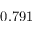
0 . 7 9 1